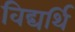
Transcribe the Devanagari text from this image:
विद्यर्थि